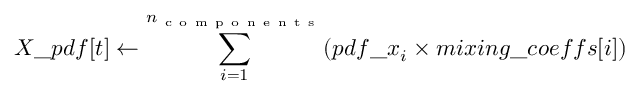
X \_ p d f [ t ] \leftarrow \sum _ { i = 1 } ^ { n _ { \mathrm { ~ c ~ o ~ m ~ p ~ o ~ n ~ e ~ n ~ t ~ s ~ } } } ( p d f \_ x _ { i } \times m i x i n g \_ c o e f f s [ i ] )